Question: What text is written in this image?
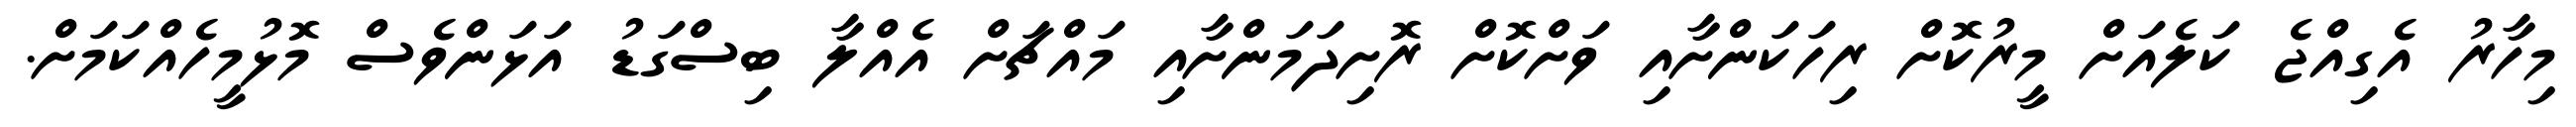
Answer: މިހާރު އެގިއްޖެ ކަލެއަށް މީރުކޮށް ރިހަކަންށާއި ވަށްކޮށް ރޮށިދަމަންށާއި މައްޗަށް އެއްލާ ބިސްގަޑު އަޅަންވެސް މޮޅުމީހެއްކަމަށް.